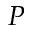
P